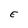
Character: E